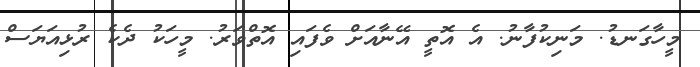
މީހާގަނޑު. މަނިކުފާނު. އެ އޮތީ އޭނާއަށް ވެފައި އޮތްވަރު. މީހަކު ދެކެ ރުޅިއަޔަސް